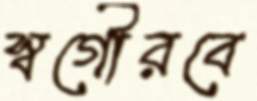
স্বগৌরবে